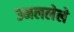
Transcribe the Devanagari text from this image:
उमललेले